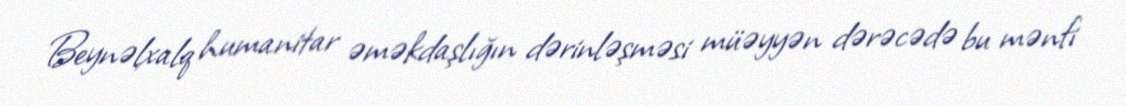
Beynəlxalq humanitar əməkdaşlığın dərinləşməsi müəyyən dərəcədə bu mənfi